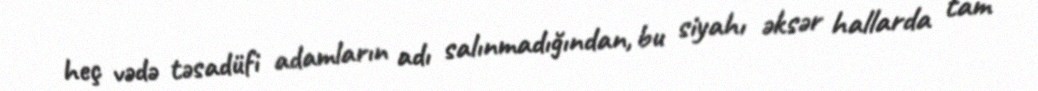
heç vədə təsadüfi adamların adı salınmadığından, bu siyahı əksər hallarda tam